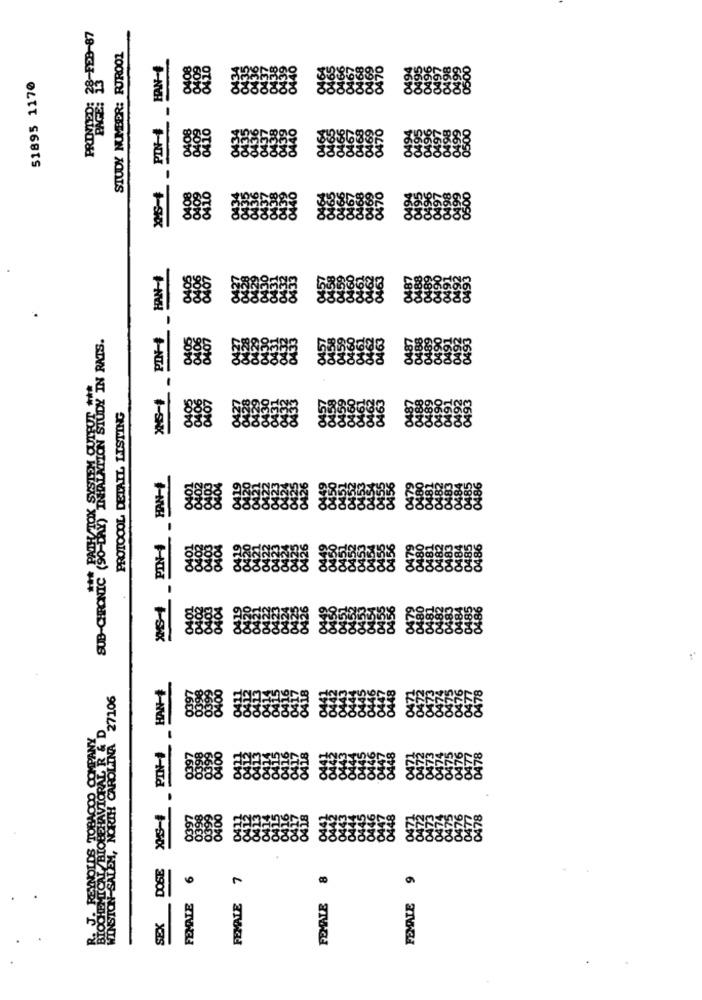
STUDY NUMBER: RJR001
51895 1170
XS- PIN-+ HAN-
SUB-CHRONIC (%-DAY) THATRON STUDY IN RATS.
PROTOCOL DETAIL LISTING
58888
HAN-
PIN-
HAN-
NSION-SALEM, NORTH CAROLINA 27106
AL R & D
REYNOLDS TOBACCO COMPANY
PIN-+
BIOBEHAVIO
DOSE
FEMALE 7
9
HEM
FEMALE
FEMALE
FEMALE
SEX